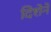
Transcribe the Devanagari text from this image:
दिशेनें